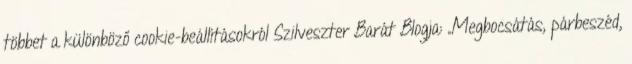
többet a különböző cookie-beállításokról Szilveszter Barát Blogja: „Megbocsátás, párbeszéd,